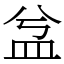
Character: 㿽